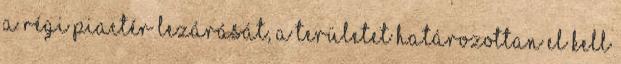
a régi piactér lezárását, a területet határozottan el kell